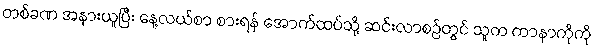
တစ်ခဏ အနားယူပြီး နေ့လယ်စာ စားရန် အောက်ထပ်သို့ ဆင်းလာစဉ်တွင် သူက ကာနာကိုကို